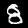
Digit: 8